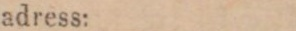
adress: